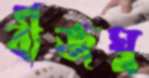
বীজঘ্ন